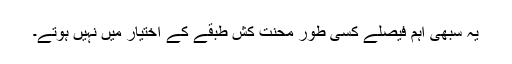
یہ سبھی اہم فیصلے کسی طور محنت کش طبقے کے اختیار میں نہیں ہوتے۔